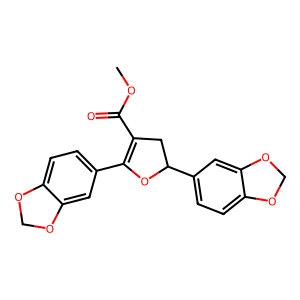
SMILES: COC(=O)C1=C(c2ccc3c(c2)OCO3)OC(c2ccc3c(c2)OCO3)C1
Inhibits HIV replication: No